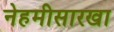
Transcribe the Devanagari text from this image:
नेहमीसारखा